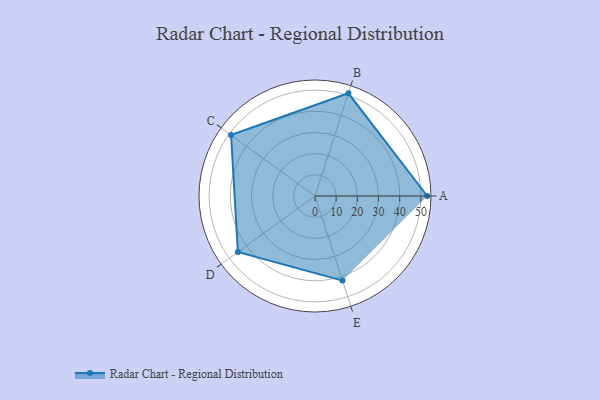
{"axis": {"x": "Skill", "y": "Score"}, "legend": ["Profile"], "data": [{"x": "A", "y": 53.0, "type": "Profile"}, {"x": "B", "y": 51.0, "type": "Profile"}, {"x": "C", "y": 49.0, "type": "Profile"}, {"x": "D", "y": 45.0, "type": "Profile"}, {"x": "E", "y": 42.0, "type": "Profile"}]}